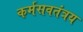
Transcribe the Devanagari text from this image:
कर्मसवतंत्रय